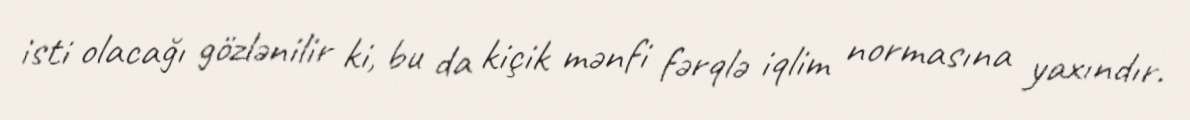
isti olacağı gözlənilir ki, bu da kiçik mənfi fərqlə iqlim normasına yaxındır.